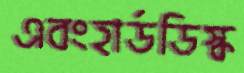
এবংহার্ডডিস্ক